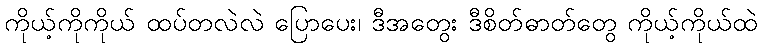
ကိုယ့်ကိုကိုယ် ထပ်တလဲလဲ ပြောပေး၊ ဒီအတွေး ဒီစိတ်ဓာတ်တွေ ကိုယ့်ကိုယ်ထဲ